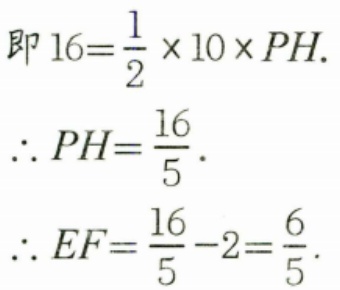
\[\begin{align*}
&即\ 16 = \frac{1}{2}\times10\times PH.\\
&\therefore PH=\frac{16}{5}.\\
&\therefore EF=\frac{16}{5}-2=\frac{6}{5}.
\end{align*}\]